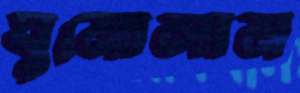
ঘুমোলাম